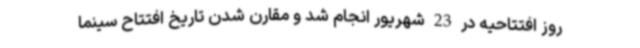
روز افتتاحیه در 23 شهریور انجام شد و مقارن شدن تاریخ افتتاح سینما